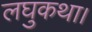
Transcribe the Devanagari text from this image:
लघुकथा।